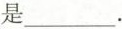
是________________。